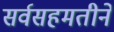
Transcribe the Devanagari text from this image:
सर्वसहमतीने